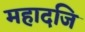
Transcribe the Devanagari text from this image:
महादजि